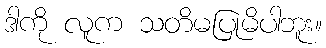
ဒါကို လူက သတိမပြုမိပါဘူး။